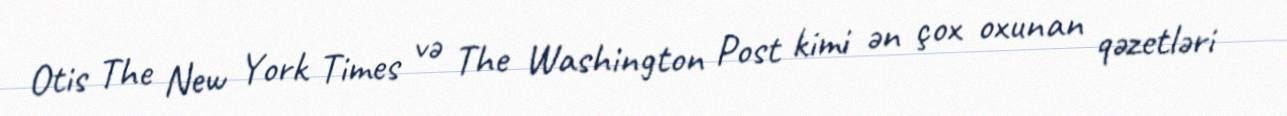
Otis The New York Times və The Washington Post kimi ən çox oxunan qəzetləri